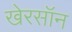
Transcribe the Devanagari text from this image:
खेरसॉन